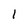
Character: 1